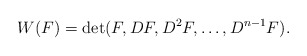
\begin{align*} W(F) = \det(F, DF, D^2F,\ldots, D^{n-1}F).\end{align*}